Annual report of the Civil Veterinary Department, Bengal, for the year 1897-98 - 1897-1898
Year: 1897
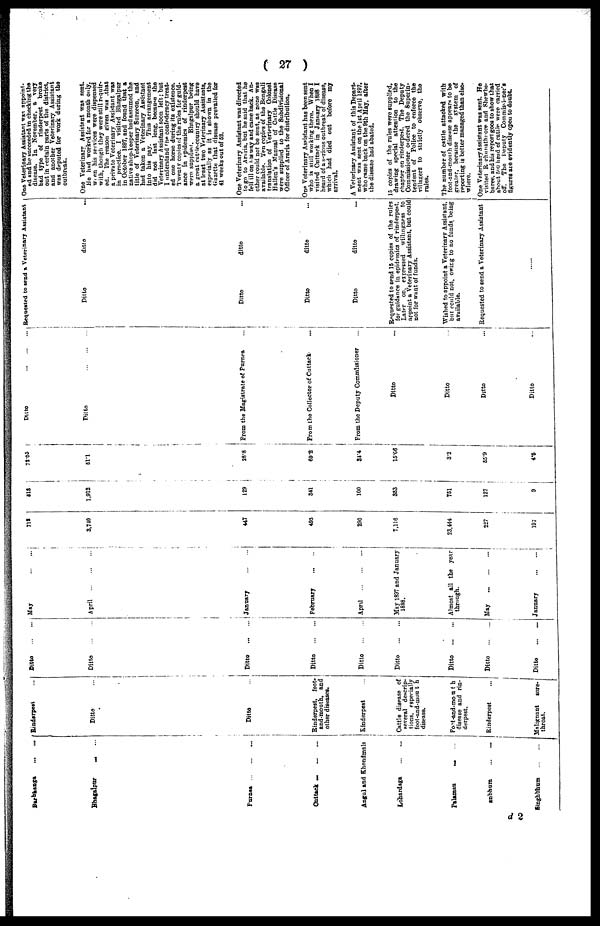
( 27 )
Darbhanga
...
...
Bhagalpur ... ...
Purnea ... ... ...
Outtack
...
...
...
Angul and Khondmals
Lohardaga
...
...
Palaman ... ...
anbhum
...
...
p
Singhbhum
...
...
Rinderpest ...
Ditto ...
Ditto ...
Rinderpest, foot-
and-mouth, and
other diseases.
Rinderpest ...
Cattle disease of
several descrip-
tions, especially
foot-and-mouth
disease.
Fost-and-mouth
disease and rin-
derpest.
Rinderpest Ditto ...
Malignant
sore-
throat.
Ditto
...
...
Ditto
...
...
Ditto
...
...
Ditto
...
...
Ditto
...
...
Ditto
...
...
Ditto
...
...
Ditto
...
...
Ditto
...
...
May
...
...
April
...
...
...
January
...
...
February
...
..
April
...
...
...
May 1897 and January
1898.
Almost all the year
through.
May ...
...
...
January
...
...
713
3,740
447
493
290
7,116
23,444
227
197
313
1,912
129
341
100
353
751
i
127
9
72.03
51.1
28.8
69.2
34.4
15.06
3.2
55.9
4.5
Ditto
...
...
...
Ditto ... ... ... ... ... ...
From the Magistrate of Purnea ...
From the Collector of Cuttack ...
From the Deputy Commissioner ...
Ditto ...
Ditto ...
Ditto ...
Ditto ...
Requested to send a Veterinary Assistant
Ditto
ditto
...
Ditto
ditto ...
Ditto
ditto ...
Ditto
ditto ...
Requested to send 15 copies of the rules
for guidance in epidemics of rinderpest.
Later on, expressed
willingness to
appoint a Veterinary Assistant, but could
not for want of funds.
Wished to appoint a Veterinary Assistant,
but could not, owing to no funds being
available.
Requested to send a Veterinary Assistant
......
One Veterinary Assistant was appoint-
ed and he succeeded in checking the
disease. In November, a very
bad type of
rinderpest
broke
out in certain parts of the district,
and another Veterinary Assistant
was deputed for work during the
outbreak.
One Veterinary Assistant was sent.
He had worked for a month only,
when his services were dispensed
with, though they were still requir-
ed. The reason given was that
a private Veterinary Assistant was
in practice. I visited Bhagalpur
in October 1897, and found that a
native shop-keeper had assumed the
title of Veterinary Surgeon, and
had taken a Veterinary Assistant
into his pay. This arrangement
did not last long, because the
Veterinary Assistant soon left ; but
I understand the confederacy treat-
ed one horse during its existence.
Twenty copies of the rules for guid-
ance in epidemics of rinderpest
were supplied.
Bhagalpur being
a great cattle-country should have
at least two Veterinary Assistants,
especially as it is shown in the
Gazette that disease prevailed for
41 weeks out of 52.
One Veterinary Assistant was directed
to go to Araria, but he said that he
fell ill on his way and came back. An-
other could not be sent, as none was
available. Ten copies of the Bengali
translation of Verterinary Colonel
Hallen's Manual of Cattle Disease
were supplied to the Subdivisional
Officer of Araria for distribution.
One Veterinary Assistant has been sent
who is still working there. When I
visited Cuttack in January 1898 I
heard of a serious outbreak or disease,
which had died out before
my
arrival.
A Veterinary Assistant of this Depart-
ment was sent on the 1st April 1897,
who came back on the 9th May, after
the disease had abated.
15 copies of the rules were supplied,
drawing special attention to the
chapter on rinderpest. The Deputy
Commissioner ordered the Superin-
tendent of Police to enforce the
villagers to strictly observe, the
rules.
The number of cattle attacked with
foot-and-mouth disease appears to be
greater, because the
system of
reporting is better managed than else
where.
One Veterinary Assistant was sent. He
visited R ghunathnore and Shewhe-
baree, and his report goos to show that
about 500 head of cattle were carried
off.
The Deputy Commissioner's
figures are evidently open to doubt.